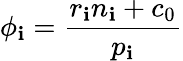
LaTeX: \phi_{\mathbf{i}}=\frac{{r_{\mathbf{i}}n_{\mathbf{i}}+c_{0}}}{{p_{\mathbf{i}}}}